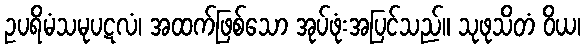
ဥပရိမံသမုပဋလံ၊ အထက်ဖြစ်သော အုပ်ဖုံးအပြင်သည်။ သုဖုသိတံ ဝိယ၊